Vaccination in Bombay 1889-1901 - 1889-1901
Year: 1889
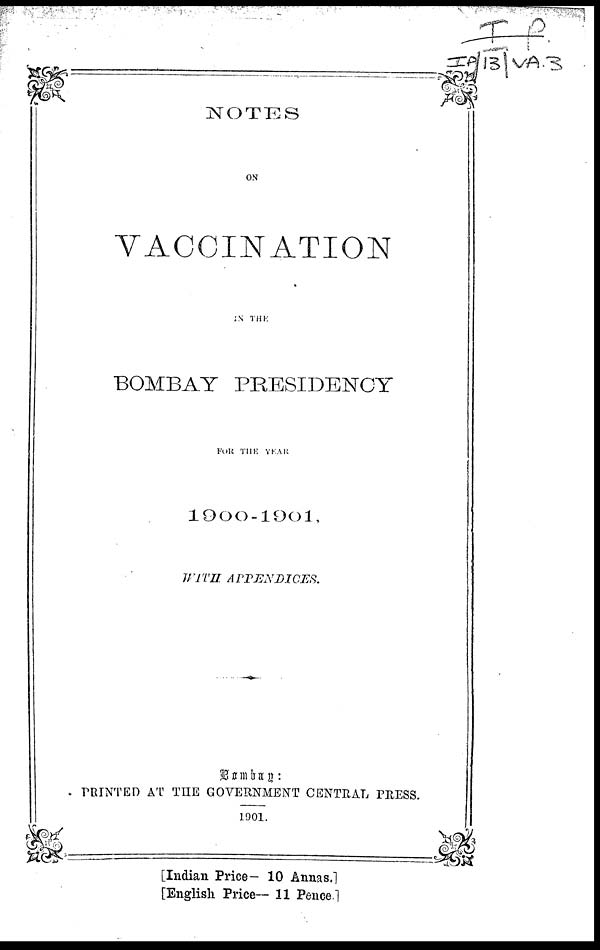
NOTES
ON
VACCINATION
IN THE
BOMBAY PRESIDENCY
FOR THE YEAR
1900-1901,
WITH APPENDICES.
Bombay :
PRINTED AT THE GOVERNMENT CENTRAL PRESS.
1901.
[Indian Price— 10 Annas.]
[English Price— 11 Pence.]